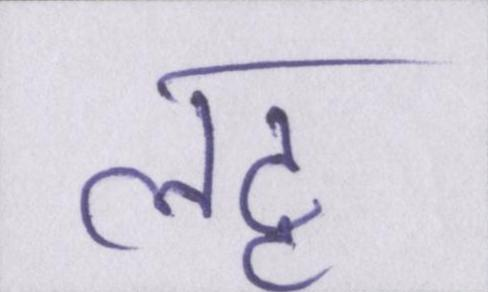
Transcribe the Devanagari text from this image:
लठ्ठ